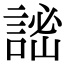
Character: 𧨨